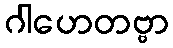
ဂါဟေတဗ္ဗာ